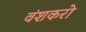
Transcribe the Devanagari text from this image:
वंशकरो